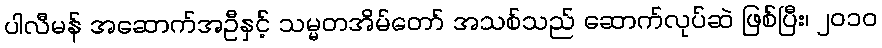
ပါလီမန် အဆောက်အဦနှင့် သမ္မတအိမ်တော် အသစ်သည် ဆောက်လုပ်ဆဲ ဖြစ်ပြီး၊ ၂၀၁၀